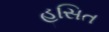
હસિત